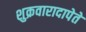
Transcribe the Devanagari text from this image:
शुक्रवारादापेते